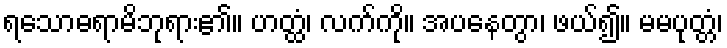
ရသောဓရာမိဘုရား၏။ ဟတ္ထံ၊ လက်ကို။ အပနေတွာ၊ ဖယ်၍။ မမပုတ္တံ၊